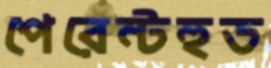
পেরেন্টহুড